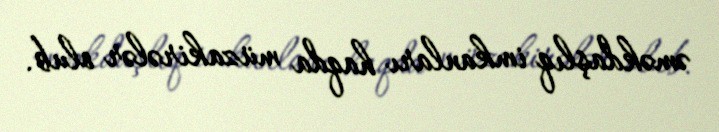
əməkdaşlıq imkanları haqda müzakirələr olub.